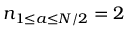
{ n _ { 1 \le a \le N / 2 } = 2 }